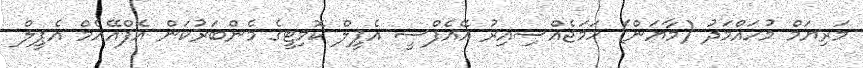
މަރިޔަމް މުހައްމަދު (މާޔަން) ހަމަޖެއްސިއިރު އޭއެފްސީ އެޕީލް ކޮމިޓީގެ މެންބަރުކަން އެފްއޭއެމް އެޕީލް